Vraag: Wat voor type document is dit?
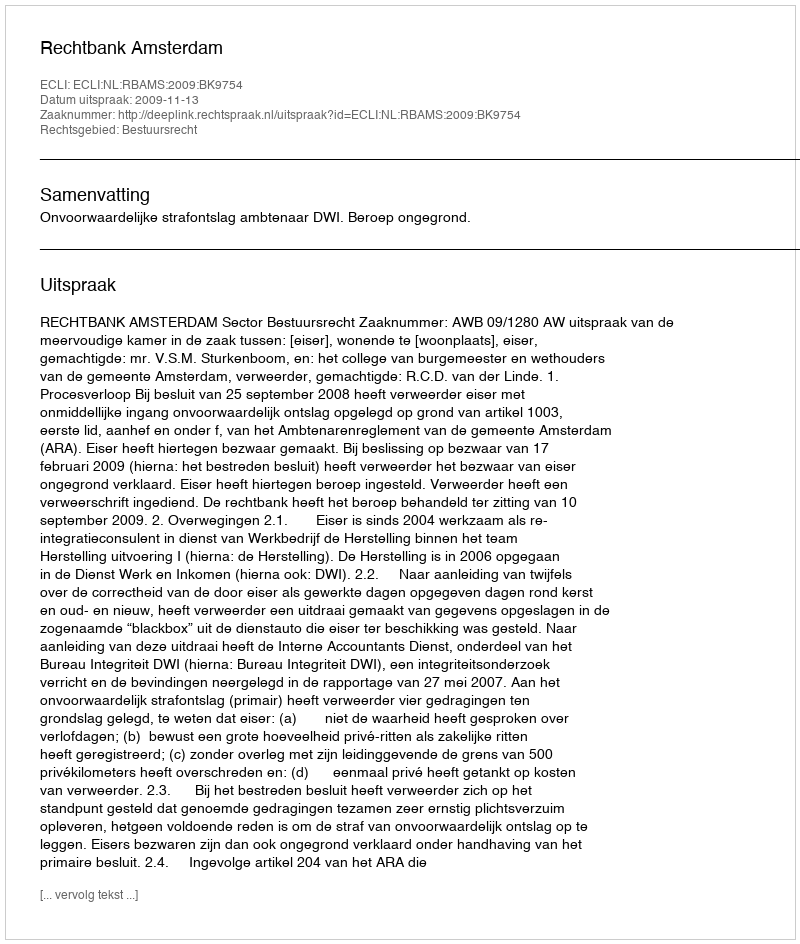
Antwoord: Uitspraak